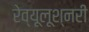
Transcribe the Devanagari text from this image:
रेव्यूलूश्नरी